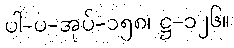
ပါ-ပ-အုပ်-၁၅၈၊ ဋ္ဌ-၁၂၆။